Leaving Certificate Examination, 1924
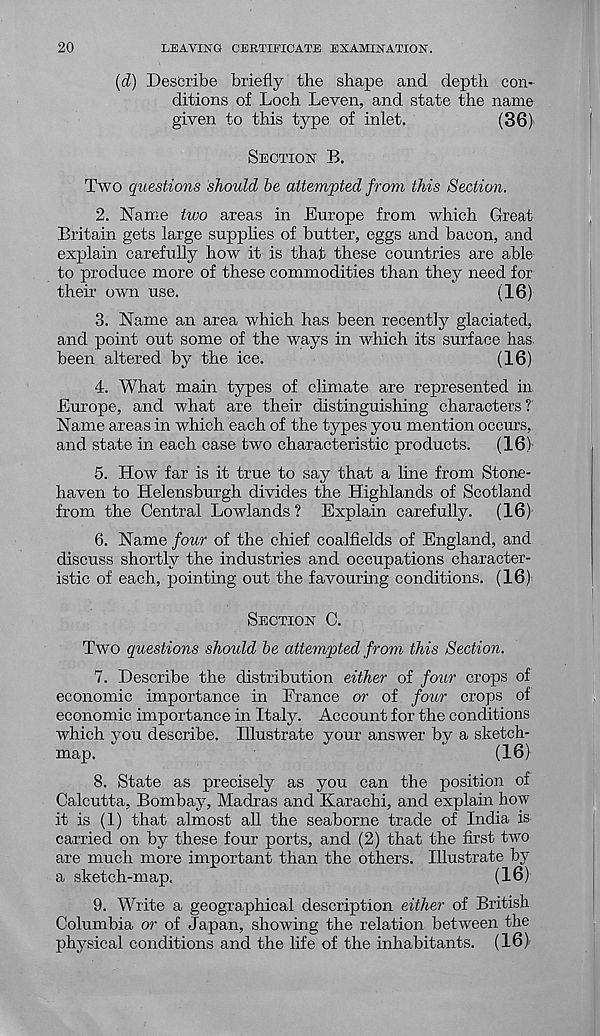
20
LEAVING CERTIFICATE EXAMINATION.
(d) Describe briefly the shape and depth con-
ditions of Loch Leven, and state the name
given to this type of inlet.
(36)i
SECTION B.
Two questions should be attempted from this Section.
2. Name two areas in Europe from which Great
Britain gets large supphes of butter, eggs and bacon, and
explain carefully how it is that these countries are able
to produce more of these commodities than they need for
their own use.
(16)
3. Name an area which has been recently glaciated,
and point out some of the ways in which its surface has
been altered by the ice.
(16)
4. What main types of climate are represented in
Europe, and what are their distinguishing characters ?
Name areas in which each of the types you mention occurs,,
and state in each case two characteristic products. (16)'
5. How far is it true to say that a line from Stone-
haven to Helensburgh divides the Highlands of Scotland
from the Central Lowlands? Explain carefully. (16)
6. Name four of the chief coalfields of England, and
discuss shortly the industries and occupations character-
istic of each, pointing out the favouring conditions. (16)
SECTION C.
Two questions should be attempted from this Section.
7. Describe the distribution either of four crops of
economic importance in France or of four crops of
economic importance in Italy. Account for the conditions
which you describe. Illustrate your answer by a sketch-
map.
(16)
8. State as precisely as you can the position of
Calcutta, Bombay, Madras and Karachi, and explain how
it is (1) that almost all the seaborne trade of India is
carried on by these four ports, and (2) that the first two
are much more important than the others. Illustrate by
a sketch-map.
(16)
9. Write a geographical description either of British
Columbia or of Japan, showing the relation between the
physical conditions and the life of the inhabitants. (16)